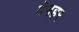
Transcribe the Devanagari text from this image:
बेनहर